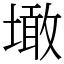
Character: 𡑒